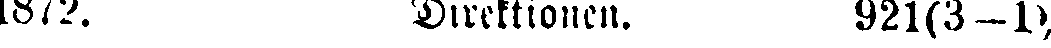
1872. Direktionen. 921(3-1)